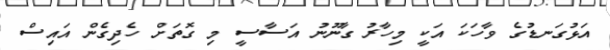
އަޅުގަނޑުގެ ވާހަކަ އަކީ މިހާރު ގާނޫނު އަސާސީ މި ގޮތަށް ހެދިގެން އައިސް